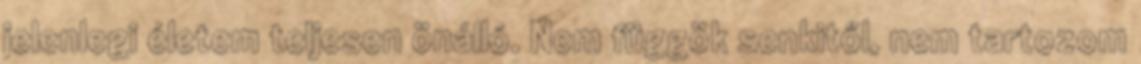
jelenlegi életem teljesen önálló. Nem függök senkitől, nem tartozom